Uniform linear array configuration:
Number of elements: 48
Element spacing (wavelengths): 0.25
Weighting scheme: kaiser
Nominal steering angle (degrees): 30
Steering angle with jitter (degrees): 31.783
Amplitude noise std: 0.05
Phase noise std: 0.05

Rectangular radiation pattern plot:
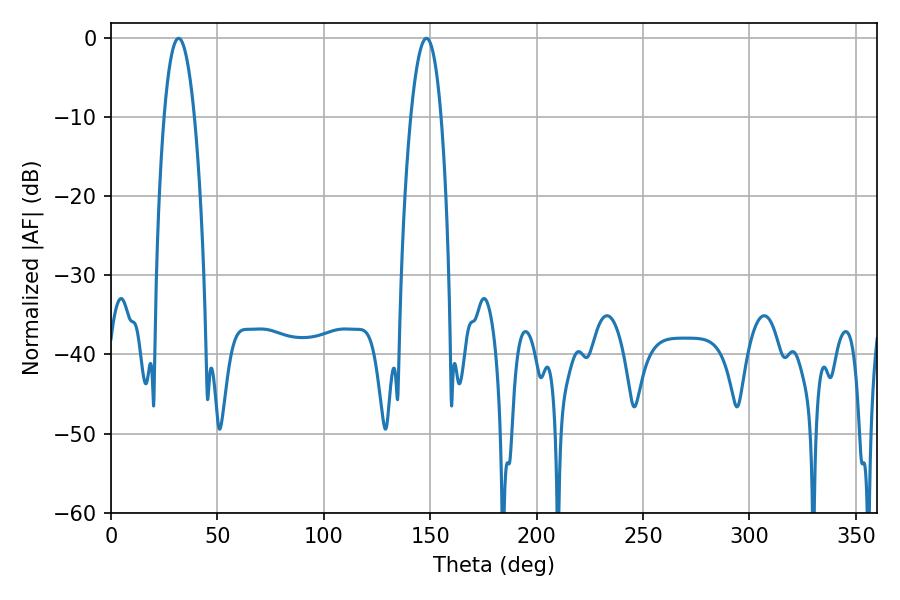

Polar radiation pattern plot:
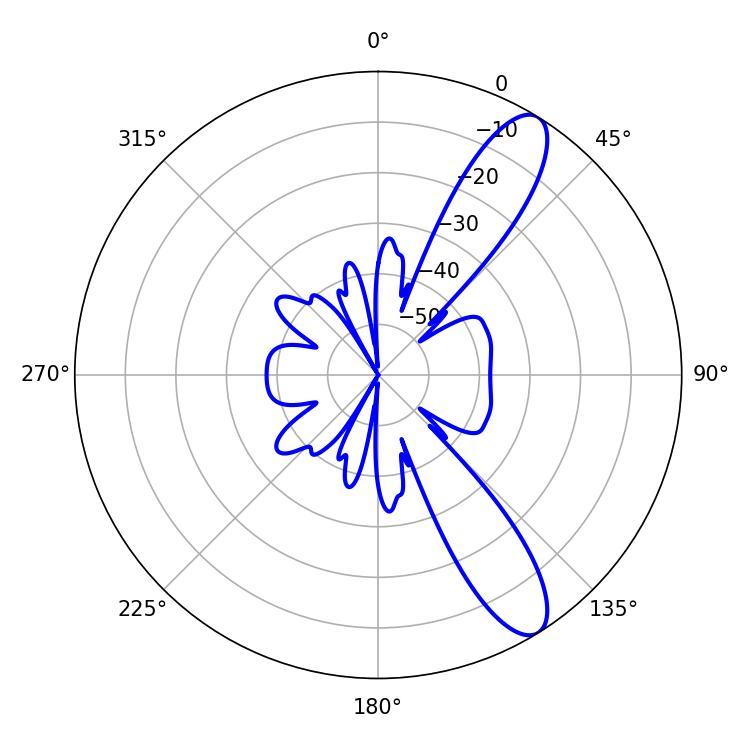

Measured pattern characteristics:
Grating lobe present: FALSE
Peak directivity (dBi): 11.079
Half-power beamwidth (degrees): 7.92
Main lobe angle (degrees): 31.68